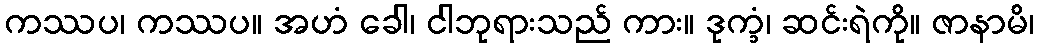
ကဿပ၊ ကဿပ။ အဟံ ခေါ၊ ငါဘုရားသည် ကား။ ဒုက္ခံ၊ ဆင်းရဲကို။ ဇာနာမိ၊